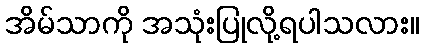
အိမ်သာကို အသုံးပြုလို့ရပါသလား။